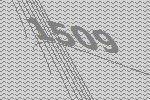
1509